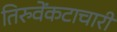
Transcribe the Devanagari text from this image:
तिरुवेंकटाचारी